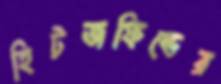
হিটজফিল্ডের